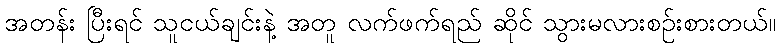
အတန်း ပြီးရင် သူငယ်ချင်းနဲ့ အတူ လက်ဖက်ရည် ဆိုင် သွားမလားစဉ်းစားတယ်။